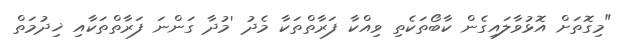
"މިގޮތަށް އޮޅުވާލައިގެން ކާބޯތަކެތި ވިއްކާ ފަރާތްތަކާ މެދު 'މުދާ ގަންނަ ފަރާތްތަކާއި ޚިދުމަތް